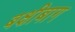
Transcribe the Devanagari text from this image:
बक्षीबाग